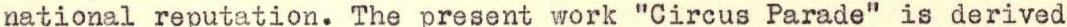
national reputation. The present work "Circus Parade" is derived